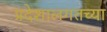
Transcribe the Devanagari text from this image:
प्रदेशालगतच्या